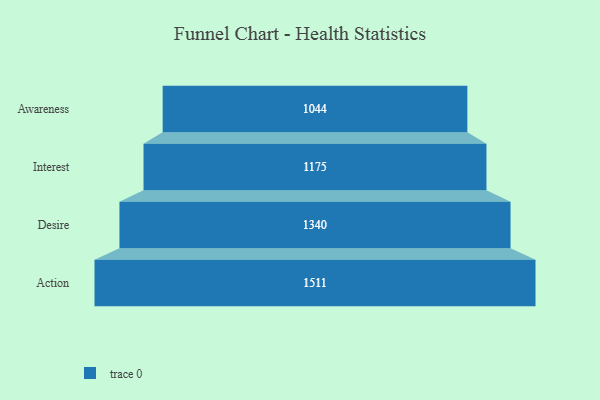
{"axis": {"x": "Stage", "y": "Value"}, "legend": [""], "data": [{"x": "Awareness", "y": 1044.0, "type": ""}, {"x": "Interest", "y": 1175.0, "type": ""}, {"x": "Desire", "y": 1340.0, "type": ""}, {"x": "Action", "y": 1511.0, "type": ""}]}